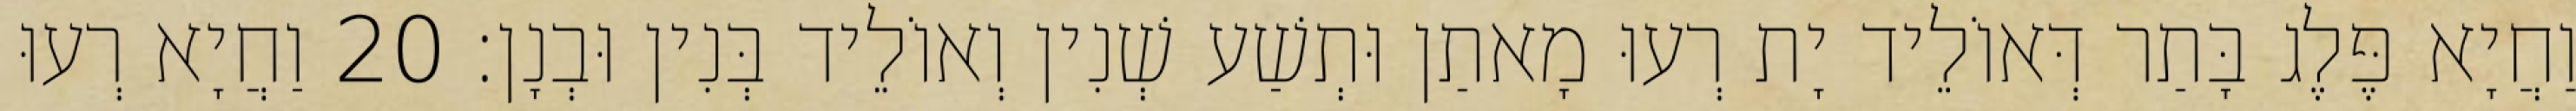
וַחֲיָא פֶּלֶג בָּתַר דְּאוֹלֵיד יָת רְעוּ מָאתַן וּתְשַׁע שְׁנִין וְאוֹלֵיד בְּנִין וּבְנָן׃ 20 וַחֲיָא רְעוּ